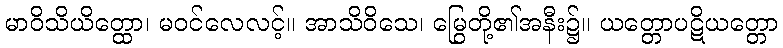
မာဝိသိယိတ္ထော၊ မဝင်လေလင့်။ အာသိဝိသေ၊ မြွေတို့၏အနီး၌။ ယတ္တောပဋိယတ္တော